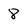
Character: 8